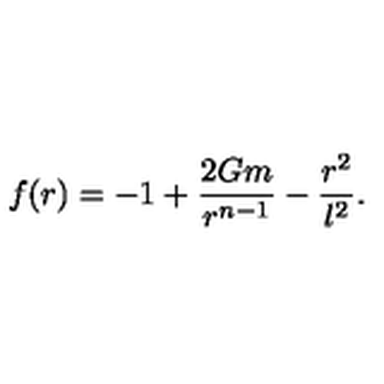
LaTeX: f ( r ) = - 1 + \frac { 2 G m } { r ^ { n - 1 } } - \frac { r ^ { 2 } } { l ^ { 2 } } .